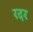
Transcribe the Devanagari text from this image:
रदर